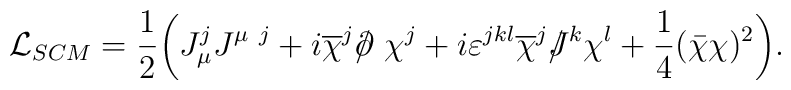
{\cal L}_{SCM}=\frac 12 \biggl( J_\mu^j J^{\mu ~j}+ i \overline{\chi }^j /\kern-.5em\partial   ~\chi^j+i\varepsilon^{jkl}\overline{\chi}^j /\kern-.5em J^k \chi ^l+\frac 14 (\bar \chi \chi )^2 \biggr).